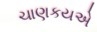
ચાણકયએ